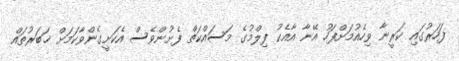
ފަހަރުގައި ކަރީނާ ވިހެއުމަށްފަހު އޭނާ އާއެކު ފިލްމުގެ މަސައްކަތް ފެށުންވެސް އެކަށީގެންވާކަމަށް ޚަބަރުތައް